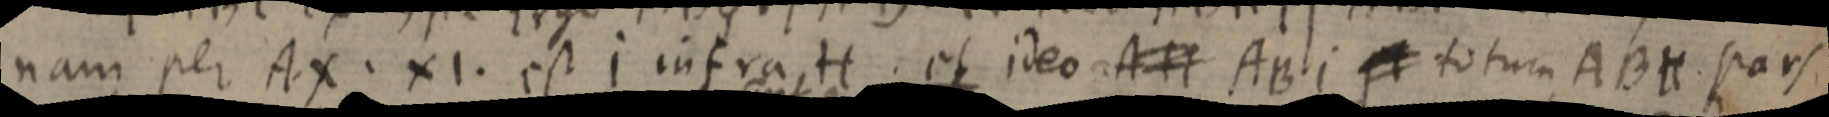
nam per AX. XI. est i infra H et ideo AH AB i _ totum ABH pars